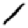
Digit: 1